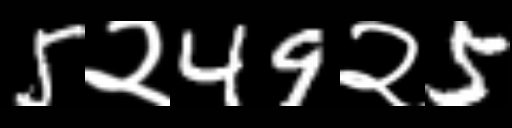
Text: 5२49२5